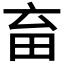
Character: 𤰸